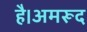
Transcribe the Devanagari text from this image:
है।अमरूद